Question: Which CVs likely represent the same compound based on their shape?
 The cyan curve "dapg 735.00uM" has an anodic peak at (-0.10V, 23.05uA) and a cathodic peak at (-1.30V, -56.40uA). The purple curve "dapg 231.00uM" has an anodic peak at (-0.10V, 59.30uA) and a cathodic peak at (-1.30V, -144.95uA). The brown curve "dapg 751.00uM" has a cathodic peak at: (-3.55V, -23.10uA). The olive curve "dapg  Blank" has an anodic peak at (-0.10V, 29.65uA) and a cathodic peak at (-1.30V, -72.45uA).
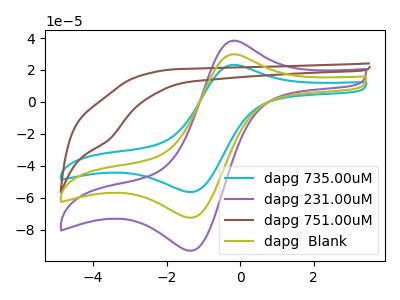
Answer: <think>All the peaks in "dapg 735.00uM" have a peak in "dapg 231.00uM" at the same potential. Every peak in "dapg 735.00uM" is lower than every peak in "dapg 231.00uM". "dapg 735.00uM" and "dapg 751.00uM" have a different number of peaks. All the peaks in "dapg 735.00uM" have a peak in "dapg  Blank" at the same potential. Every peak in "dapg 735.00uM" is lower than every peak in "dapg  Blank". "dapg 231.00uM" and "dapg 751.00uM" have a different number of peaks. All the peaks in "dapg 231.00uM" have a peak in "dapg  Blank" at the same potential. Every peak in "dapg 231.00uM" is higher than every peak in "dapg  Blank". "dapg 751.00uM" and "dapg  Blank" have a different number of peaks.
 </think>
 <answer>"dapg 735.00uM", "dapg 231.00uM" and "dapg  Blank" have the same shape and are likely CV's of the same chemical.</answer>
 <eval>"dapg 735.00uM" "dapg 231.00uM" "dapg  Blank"</eval>